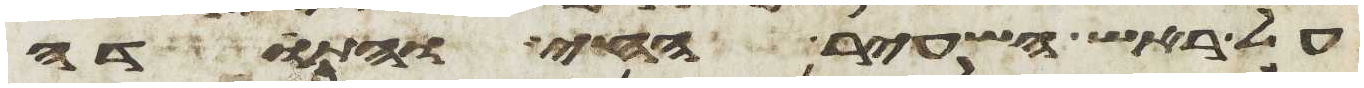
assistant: על ראש השעיר החי והתודה